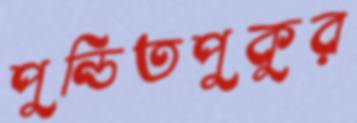
পুন্ডিতপুকুর